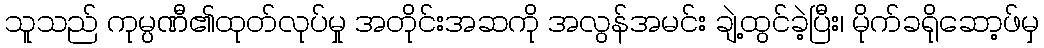
သူသည် ကုမ္ပဏီ၏ထုတ်လုပ်မှု အတိုင်းအဆကို အလွန်အမင်း ချဲ့ထွင်ခဲ့ပြီး၊ မိုက်ခရိုဆော့ဖ်မှ